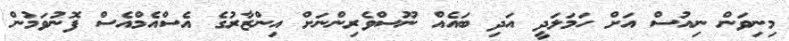
މިނިވަން ނިއުސް އަށް ހަމަލަދީ އަދި ބައެއް ނޫސްވެރިންނަށް އިންޒާރުގެ އެސްއެމްއެސް ފޮނުވަމުން